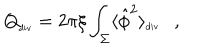
{ Q } _ { \tiny \mathrm { d i v } } = 2 \pi \xi \int _ { \Sigma } \langle \hat { \phi } ^ { 2 } \rangle _ { \tiny \mathrm { d i v } } ,